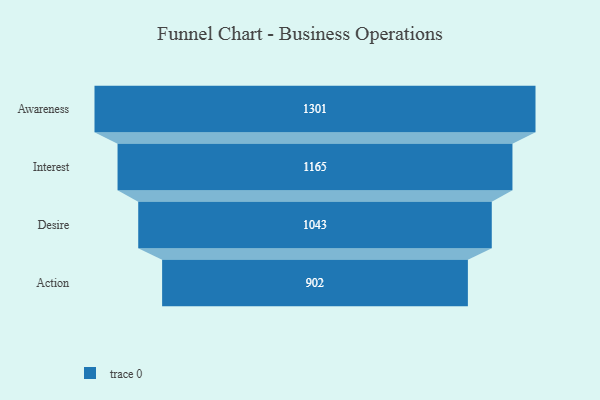
{"axis": {"x": "Stage", "y": "Value"}, "legend": [""], "data": [{"x": "Awareness", "y": 1301.0, "type": ""}, {"x": "Interest", "y": 1165.0, "type": ""}, {"x": "Desire", "y": 1043.0, "type": ""}, {"x": "Action", "y": 902.0, "type": ""}]}